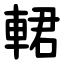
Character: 輑